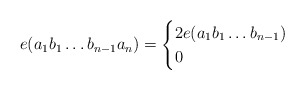
\begin{align*} e(a_1b_1\dots b_{n-1}a_n) = \begin{cases} 2e(a_1b_1\dots b_{n-1}) & \\0 & \end{cases} \end{align*}